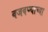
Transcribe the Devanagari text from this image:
वजवण्याच्या